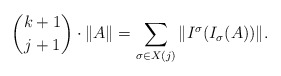
\begin{align*}{k+1 \choose j+1} \cdot \|A\| = \sum_{\sigma \in X(j)} \|I^\sigma(I_\sigma(A))\|.\end{align*}